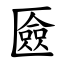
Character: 匳